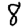
Digit: 8